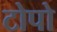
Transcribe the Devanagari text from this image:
टोपो